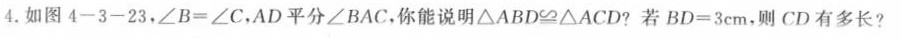
4.如图4-3-23，$$\angle B=\angle C$$，AD平分\angle BAC，你能说明$$\triangle ABD \cong \triangle ACD$$44?若$$BD=3cm$$，则CD有多长?